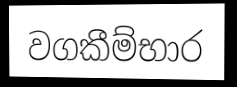
වගකීම්භාර